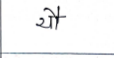
मजकूर: यौ